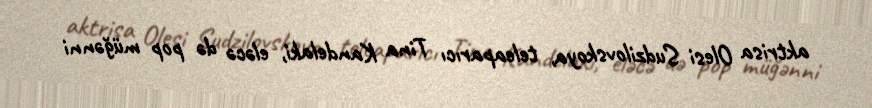
aktrisa Olesi Sudzilovskoya, teleaparıcı Tina Kandelaki, eləcə də pop müğənni